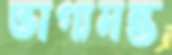
ভাগ্যমন্ত